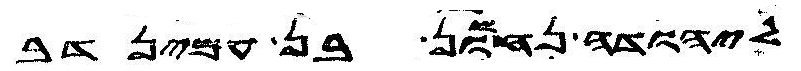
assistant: ליהודה נחשון בן עמינדב